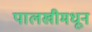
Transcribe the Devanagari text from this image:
पालखीमधून